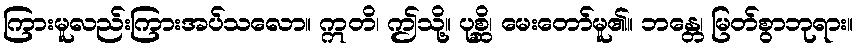
ကြားမူလည်းကြားအပ်သလော။ ဣတိ၊ ဤသို့။ ပုစ္ဆိ၊ မေးတော်မူ၏။ ဘန္တေ၊ မြတ်စွာဘုရား။